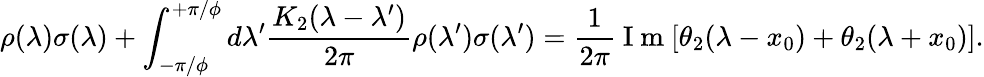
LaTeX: \rho(\lambda)\sigma(\lambda)+\int_{-\pi/\phi}^{+\pi/\phi}d\lambda^{\prime}\frac{K_{2}(\lambda-\lambda^{\prime})}{2\pi}\rho(\lambda^{\prime})\sigma(\lambda^{\prime})=\frac{1}{2\pi}\mathrm{~I~m~}[\theta_{2}(\lambda-x_{0})+\theta_{2}(\lambda+x_{0})].